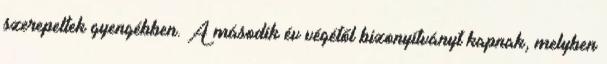
szerepeltek gyengébben. A második év végétől bizonyítványt kapnak, melyben